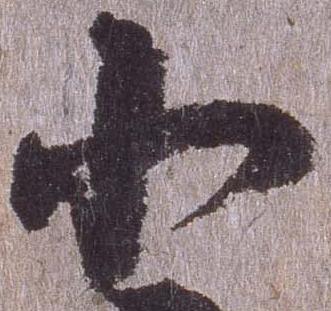
小